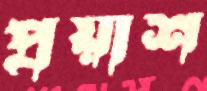
প্রয়াশ